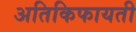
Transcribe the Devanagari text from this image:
अतिकिफायती